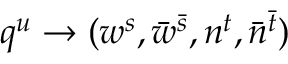
q ^ { u } \to ( w ^ { s } , \bar { w } ^ { \bar { s } } , n ^ { t } , \bar { n } ^ { \bar { t } } )